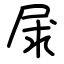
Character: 㞗